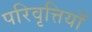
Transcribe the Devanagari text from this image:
परिवृत्तियाँ